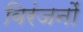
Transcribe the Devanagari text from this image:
विरंजनों